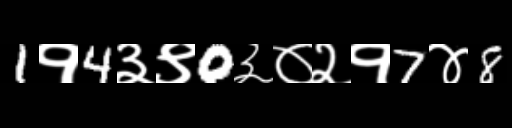
Text: 1१4३९0३०२१7४8